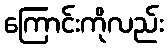
ကြောင်းကိုလည်း